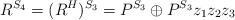
LaTeX: \begin{align*} R^{S_4}=(R^{H})^{S_3} =P^{S_3}\oplus P^{S_3}z_1z_2z_3\end{align*}